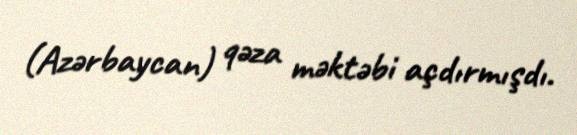
(Azərbaycan) qəza məktəbi açdırmışdı.